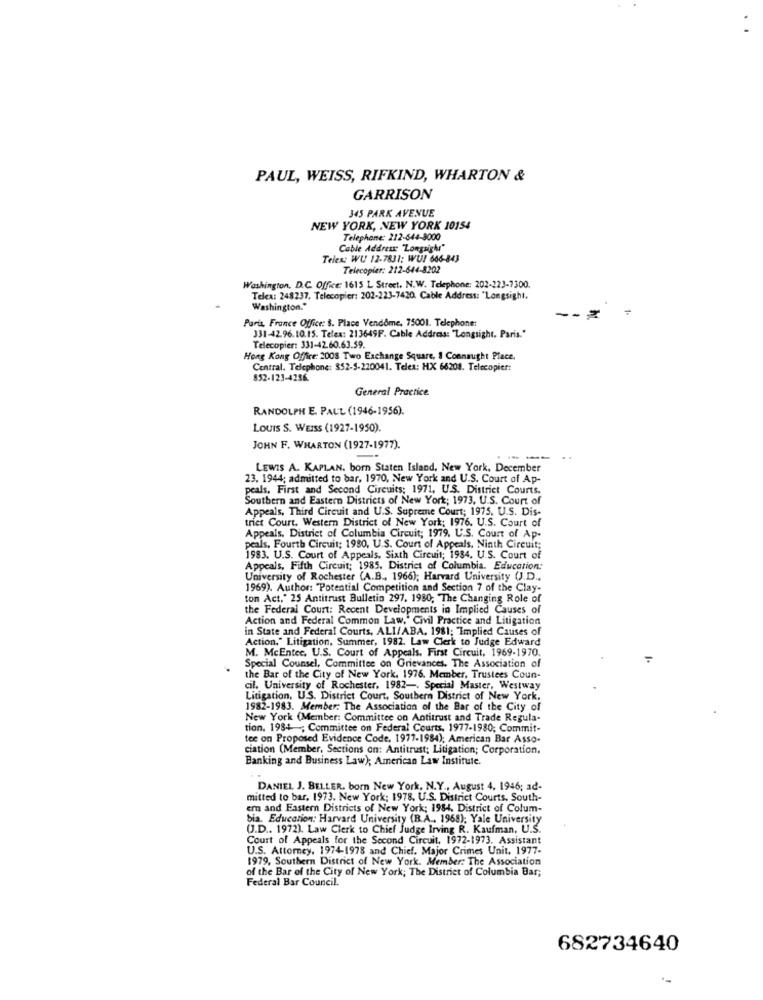
PAUL, WEISS, RIFKIND, WHARTON &
GARRISON
345 PARK AVENUE
NEW YORK, NEW YORK 10154
Telephone: 212-644-8000
Cable Address "Longsighs"
Telex: WU 12-7831: WU! 666-843
Telecopier: 212-644-8202
Washington, D.C. Office: 1615 L Street. N.W. Telephone: 202-223-7300.
Telex: 248237, Telecopier: 202-223-7420. Cable Address: "Longsight,
Washington."
Paris, France Office: 8. Place Vendôme, 75001. Telephone:
-- Z
331-42.96. 10.15. Telex: 213649F. Cable Address: "Longsight, Paris."
Telecopier: 331-42.60.63.59.
Hong Kong Office: 2008 Two Exchange Square, 1 Connaught Place.
Central. Telephone: 852-5-220041. Telex: HX 66208. Telecopier:
852-123-4256.
General Practice
RANDOLPH E. PAUL (1946-1956).
LOUIS S. WEISS (1927-1950).
JOHN F. WHARTON (1927-1977).
LEWIS A. KAPLAN, born Staten Island, New York. December
23. 1944; admitted to bar, 1970, New York and U.S. Court of Ap-
peals, First and Second Circuits; 1971, U.S. District Courts.
Southern and Eastern Districts of New York; 1973. U.S. Court of
Appeals, Third Circuit and U.S. Supreme Court; 1975. U.S. Dis-
triet Court, Western District of New York: 1976. U.S. Court of
Appeals, District of Columbia Circuit; 1979, U.S. Court of Ap-
peals, Fourth Circuit: 1980, U.S. Court of Appeals, Ninth Circuit;
1983. U.S. Court of Appeals, Sixth Circuit; 1984. U.S. Court of
Appeals, Fifth Circuit; 1985. District of Columbia. Education:
University of Rochester (A.B ., 1966); Harvard University (J.D .,
1969). Author: "Potential Competition and Section 7 of the Clay-
ton Act," 25 Antitrust Bulletin 297. 1980; The Changing Role of
the Federal Court: Recent Developments in Implied Causes of
Action and Federal Common Law,' Civil Practice and Litigation
in State and Federal Courts, ALI/ABA, 1981; Implied Causes of
Action." Litigation, Summer, 1982. Law Clerk to Judge Edward
M. McEntee. U.S. Court of Appeals. First Circuit, 1969-1970.
Special Counsel, Committee on Grievances. The Association of
the Bar of the City of New York. 1976. Member, Trustees Coun-
cil, University of Rochester, 1982 -. Special Master, Westway
Litigation, U.S. District Court, Southern District of New York,
1982-1983. Member: The Association of the Bar of the City of
New York (Member: Committee on Antitrust and Trade Regula-
tion. 1984 ; Committee on Federal Courts, 1977-1980; Commit-
tee on Proposed Evidence Code, 1977-1984); American Bar Asso-
ciation (Member, Sections on: Antitrust; Litigation; Corporation,
Banking and Business Law); American Law Institute.
DANIEL J. BELLER. born New York, N.Y ., August 4, 1946; ad-
mitted to bar, 1973. New York: 1978. U.S. District Courts, South-
em and Eastern Districts of New York; 1984. District of Colum-
bia. Education: Harvard University (B.A .. 1968); Yale University
U.D .. 1972). Law Clerk to Chief Judge Irving R. Kaufman, U.S.
Court of Appeals for the Second Circuit, 1972-1973. Assistant
U.S. Attorney, 1974-1978 and Chief. Major Crimes Unit, 1977-
1979, Southern District of New York. Member: The Association
of the Bar of the City of New York; The District of Columbia Bar;
Federal Bar Council.
682734640